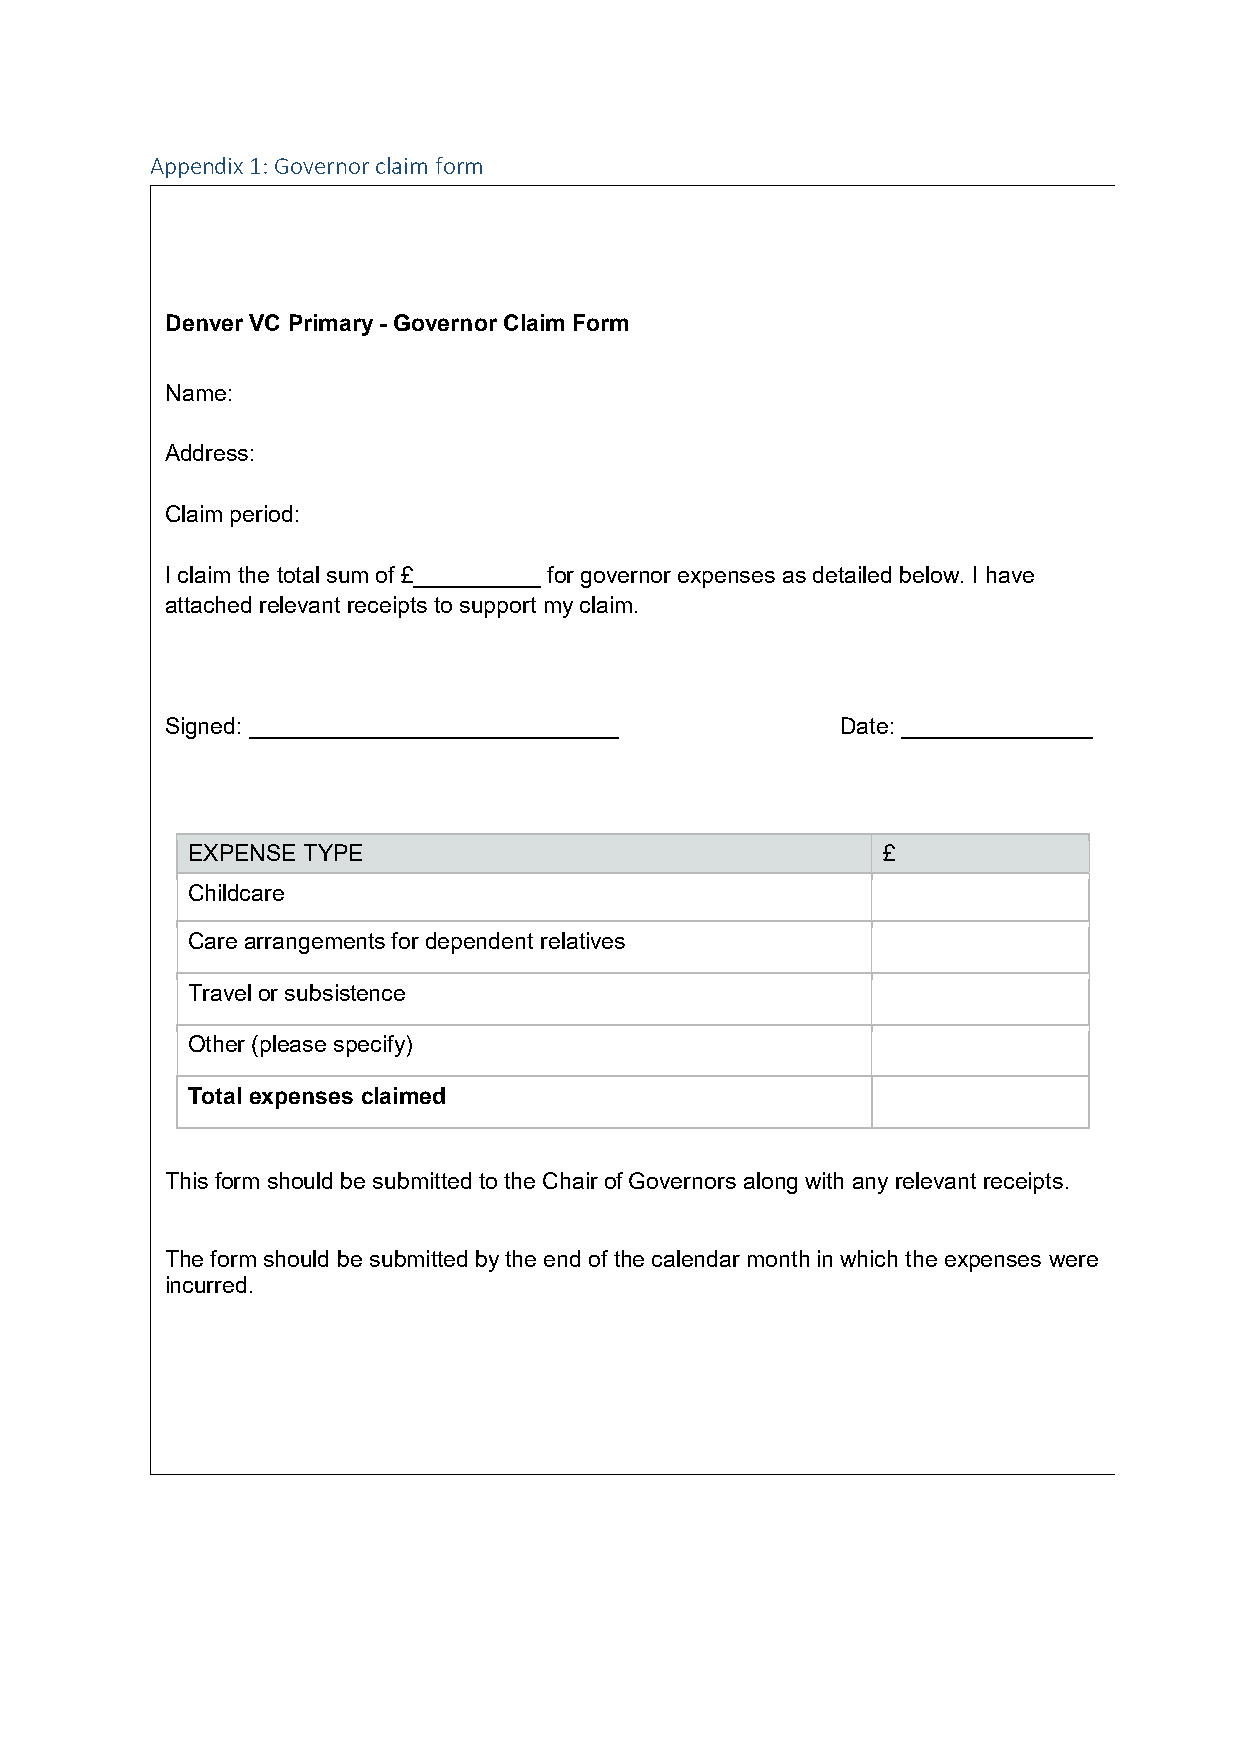
Appendix 1: Governor claim form
 Denver VC Primary - Governor Claim Form
 Name:
 Address:
 Claim period:
 I claim the total sum of £__________ for governor expenses as detailed below. I have
 attached relevant receipts to support my claim.
 Signed: _____________________________        Date: _______________
 EXPENSE TYPE                                  £
 Childcare
 Care arrangements for dependent relatives
 Travel or subsistence
 Other (please specify)
 Total expenses claimed
 This form should be submitted to the Chair of Governors along with any relevant receipts.
 The form should be submitted by the end of the calendar month in which the expenses were
 incurred.